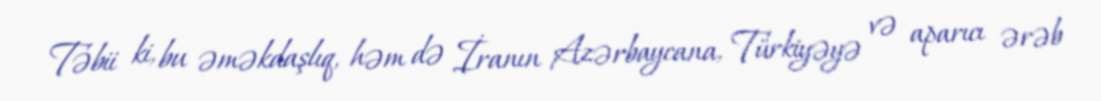
Təbii ki, bu əməkdaşlıq, həm də İranın Azərbaycana, Türkiyəyə və aparıcı ərəb